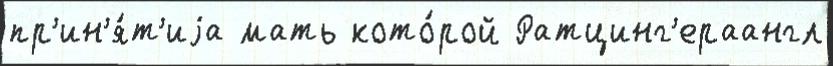
пр'ин'я́т'иjа мать кото́рой Ратцинг'ераангл